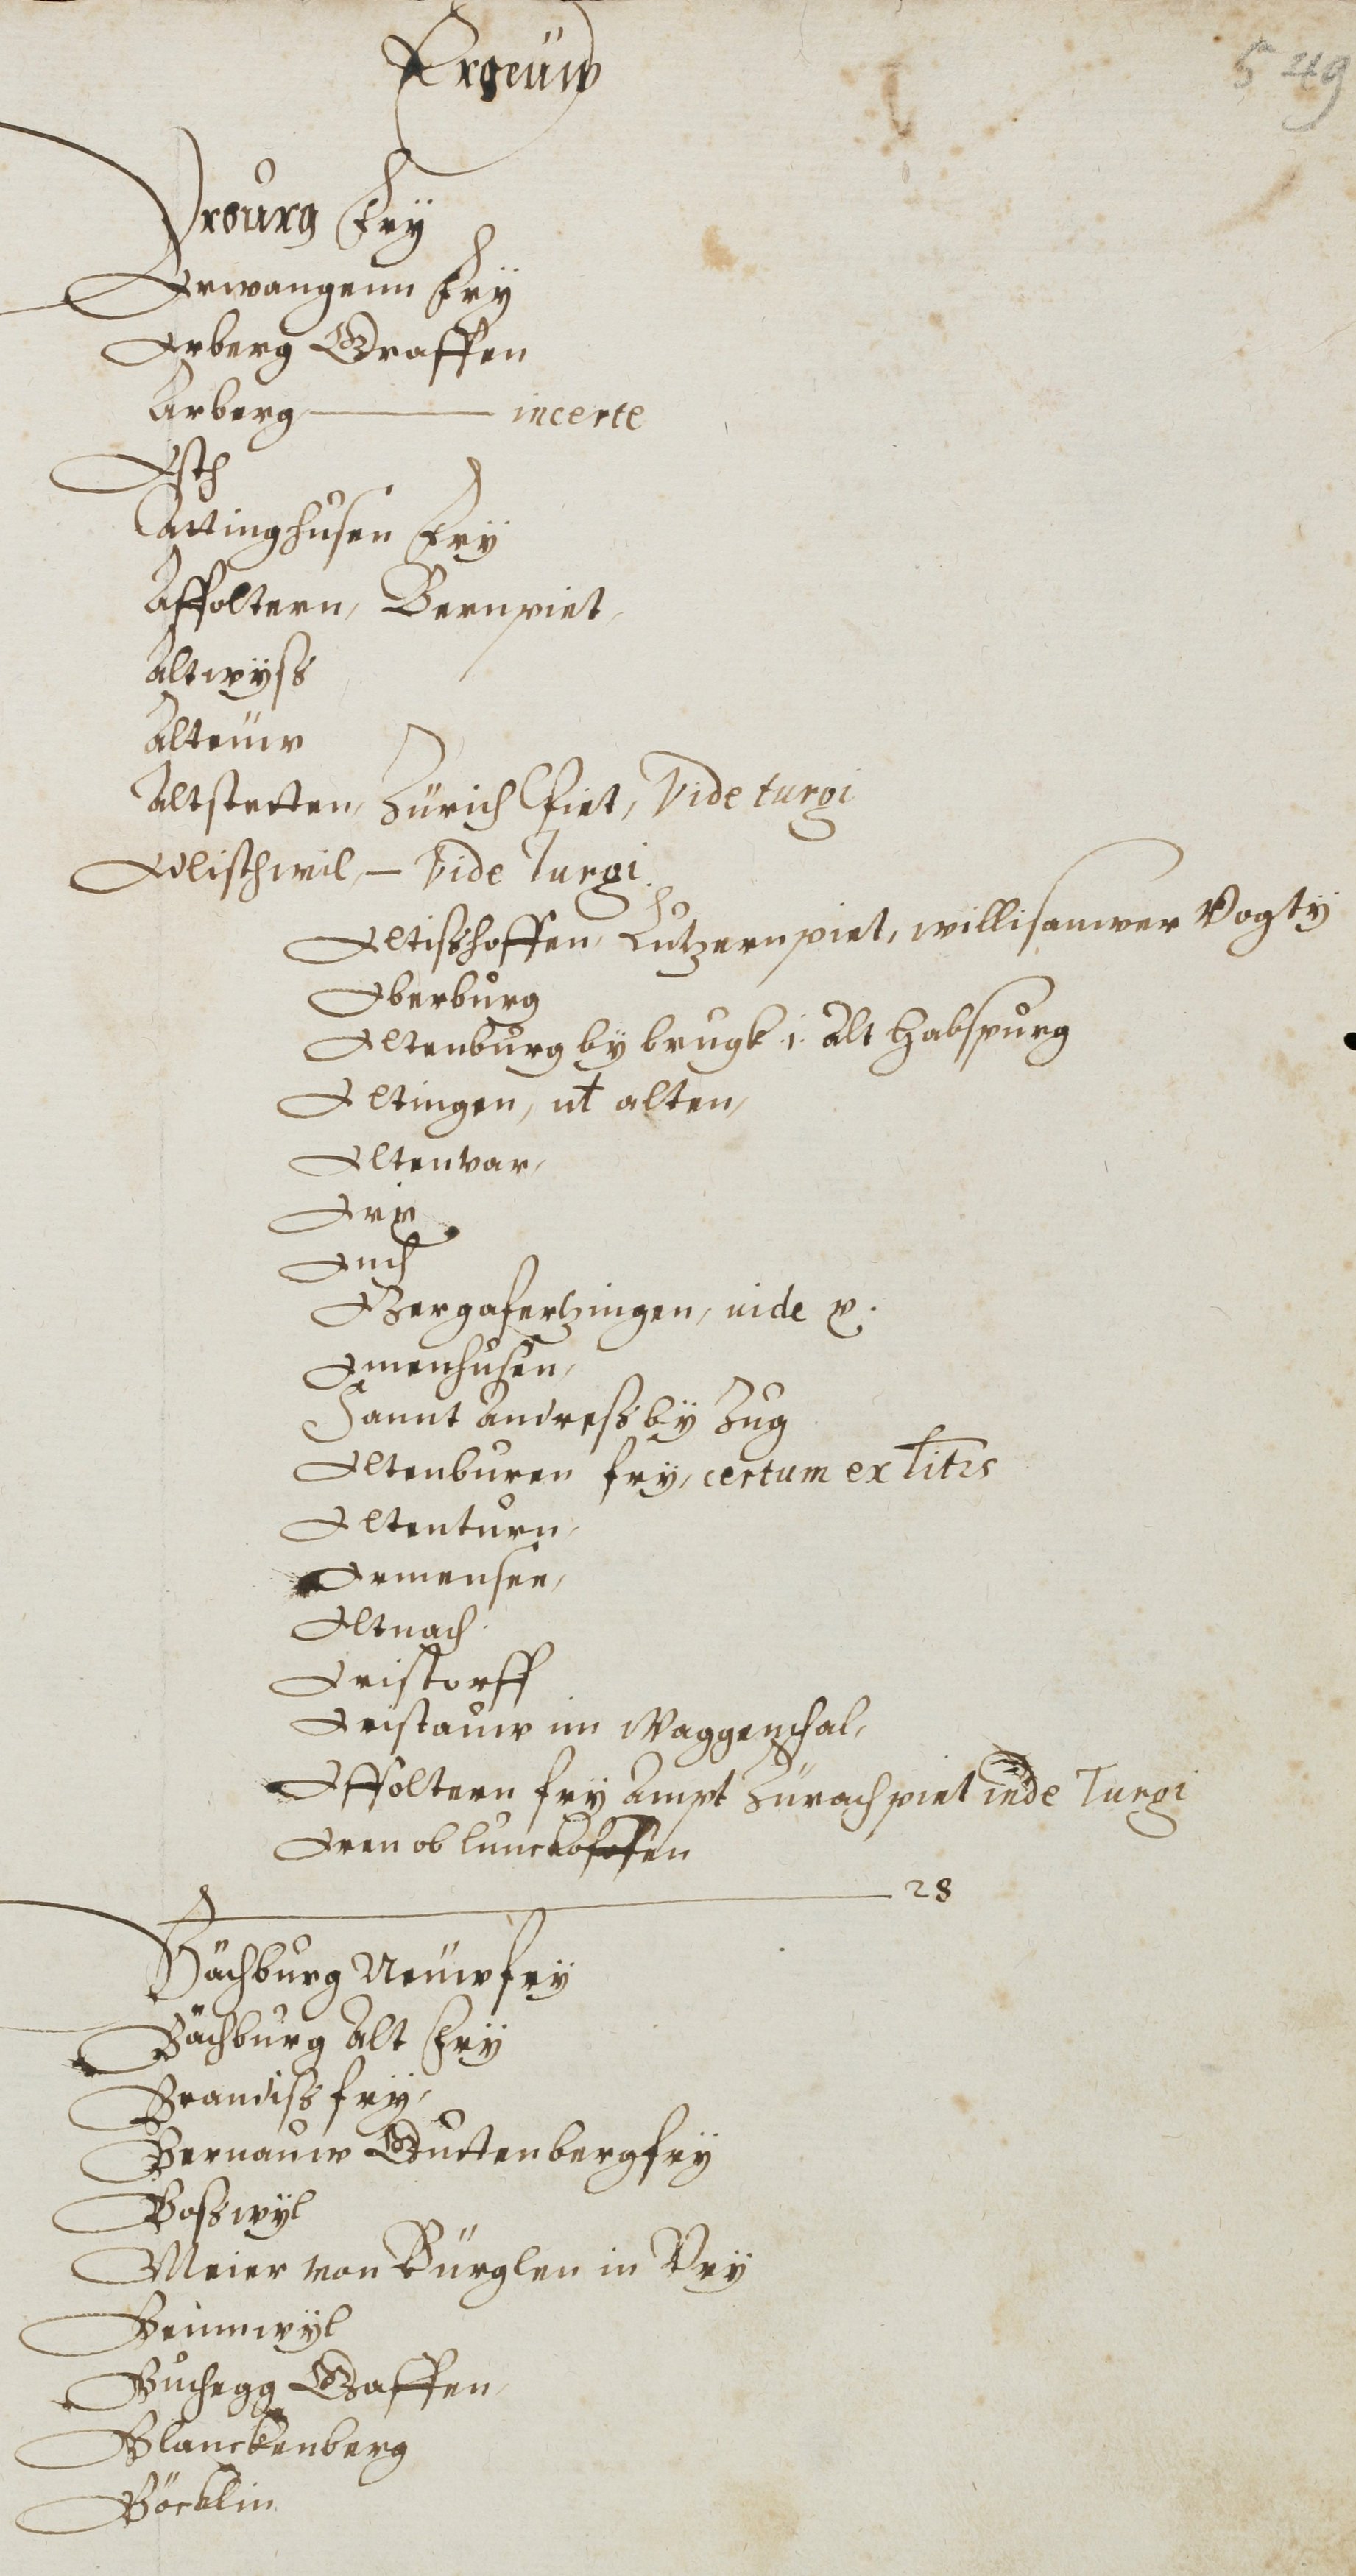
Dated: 1500–1599